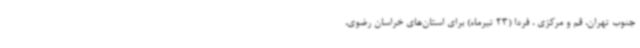
جنوب تهران، قم و مرکزی ، فردا (23 تیرماه) برای استان‌های خراسان رضوی،